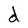
Character: d